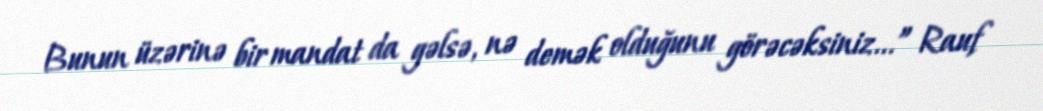
Bunun üzərinə bir mandat da gəlsə, nə demək olduğunu görəcəksiniz...” Rauf